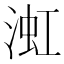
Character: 渱